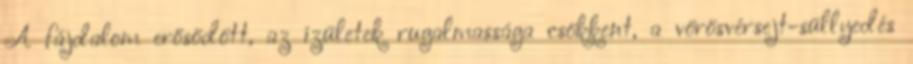
A fájdalom erősödött, az ízületek rugalmassága csökkent, a vörösvérsejt-süllyedés